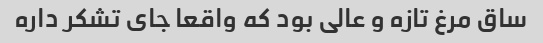
ساق مرغ تازه و عالی بود که واقعا جای تشکر داره